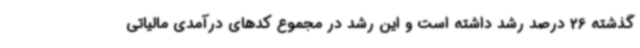
گذشته 26 درصد رشد داشته است و این رشد در مجموع کدهای درآمدی مالیاتی